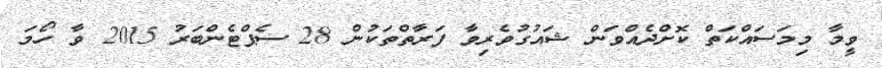
ވީމާ މިމަސައްކަތް ކޮށްދެއްވަން ޝައުގުވެރިވާ ފަރާތްތަކުން 28 ސެޕްޓެންބަރު 2015 ވާ ހޯމަ